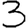
Digit: 3